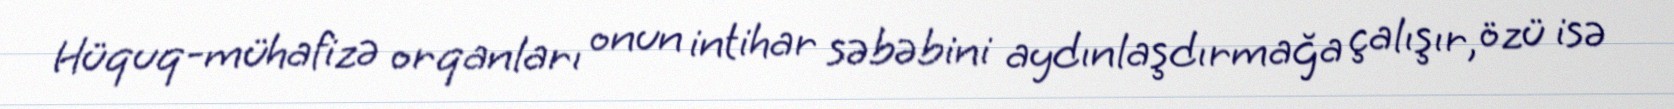
Hüquq-mühafizə orqanları onun intihar səbəbini aydınlaşdırmağa çalışır, özü isə